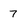
Character: 7